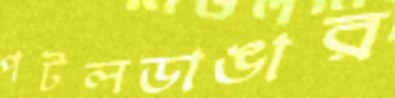
পটলডাঙার